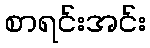
စာရင်းအင်း